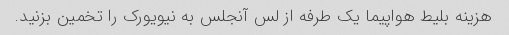
هزینه بلیط هواپیما یک طرفه از لس آنجلس به نیویورک را تخمین بزنید.